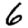
Digit: 6